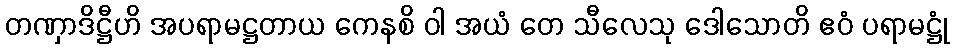
တဏှာဒိဋ္ဌီဟိ အပရာမဋ္ဌတာယ ကေနစိ ဝါ အယံ တေ သီလေသု ဒေါသောတိ ဧဝံ ပရာမဋ္ဌုံ